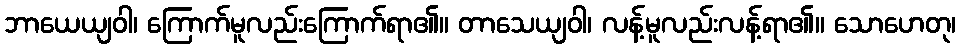
ဘာယေယျဝါ၊ ကြောက်မူလည်းကြောက်ရာ၏။ တာသေယျဝါ၊ လန့်မူလည်းလန့်ရာ၏။ သောဟေတု၊